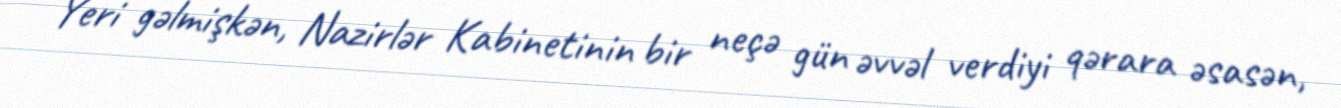
Yeri gəlmişkən, Nazirlər Kabinetinin bir neçə gün əvvəl verdiyi qərara əsasən,